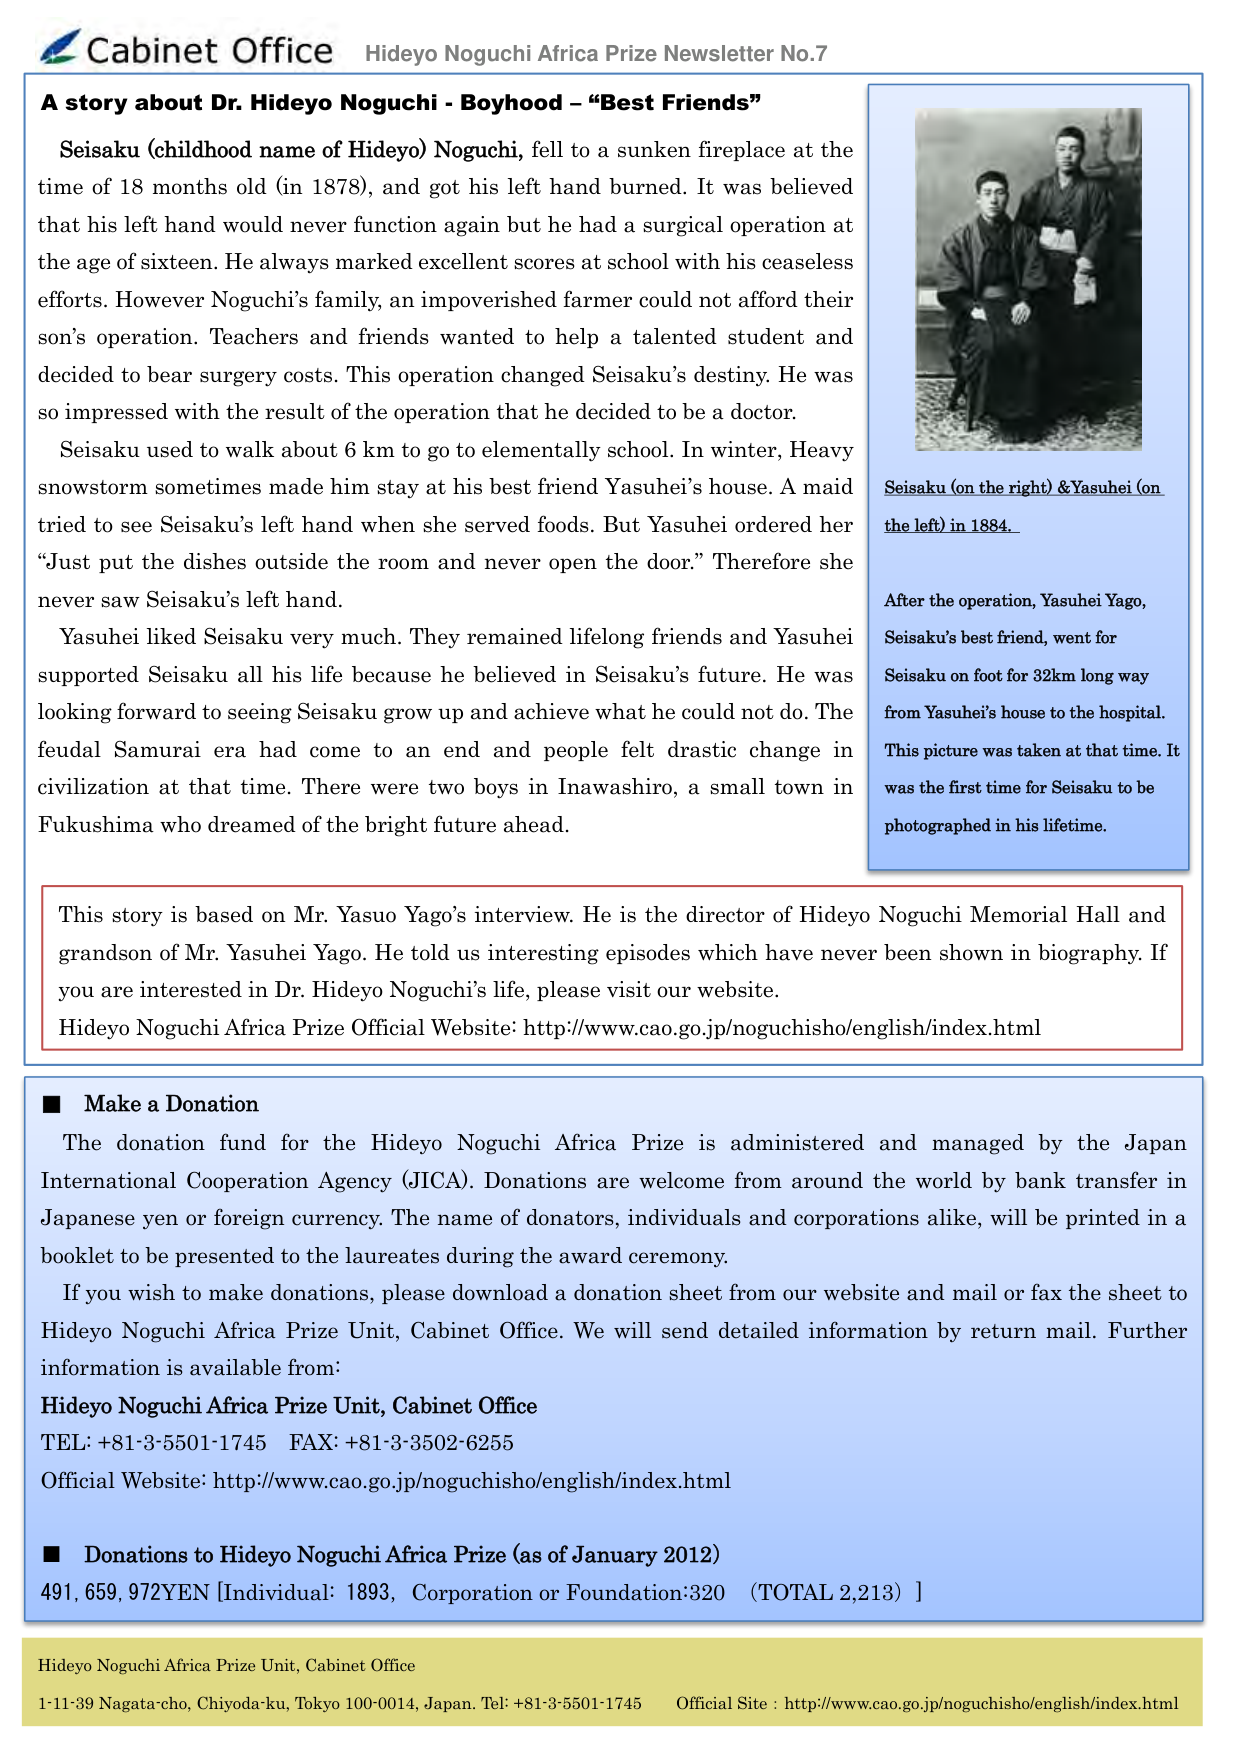
Cabinet Office Hideyo Noguchi Africa Prize Newsletter No.7

A story about Dr. Hideyo Noguchi - Boyhood – “Best Friends”

Seisaku (childhood name of Hideyo) Noguchi, fell to a sunken fireplace at the time of 18 months old (in 1878), and got his left hand burned. It was believed that his left hand would never function again but he had a surgical operation at the age of sixteen. He always marked excellent scores at school with his ceaseless efforts. However Noguchi’s family, an impoverished farmer could not afford their son’s operation. Teachers and friends wanted to help a talented student and decided to bear surgery costs. This operation changed Seisaku’s destiny. He was so impressed with the result of the operation that he decided to be a doctor.

Seisaku used to walk about 6 km to go to elementary school. In winter, Heavy snowstorm sometimes made him stay at his best friend Yasuhei’s house. A maid tried to see Seisaku’s left hand when she served foods. But Yasuhei ordered her “Just put the dishes outside the room and never open the door.” Therefore she never saw Seisaku’s left hand.

Yasuhei liked Seisaku very much. They remained lifelong friends and Yasuhei supported Seisaku all his life because he believed in Seisaku’s future. He was looking forward to seeing Seisaku grow up and achieve what he could not do. The feudal Samurai era had come to an end and people felt drastic change in civilization at that time. There were two boys in Inawashiro, a small town in Fukushima who dreamed of the bright future ahead.

Seisaku (on the right) & Yasuhei (on the left) in 1884.

After the operation, Yasuhei Yago, Seisaku’s best friend, went for Seisaku on foot for 32km long way from Yasuhei’s house to the hospital. This picture was taken at that time. It was the first time for Seisaku to be photographed in his lifetime.

This story is based on Mr. Yasuo Yago’s interview. He is the director of Hideyo Noguchi Memorial Hall and grandson of Mr. Yasuhei Yago. He told us interesting episodes which have never been shown in biography. If you are interested in Dr. Hideyo Noguchi’s life, please visit our website.
Hideyo Noguchi Africa Prize Official Website: http://www.cao.go.jp/noguchisho/english/index.html

■ Make a Donation
The donation fund for the Hideyo Noguchi Africa Prize is administered and managed by the Japan International Cooperation Agency (JICA). Donations are welcome from around the world by bank transfer in Japanese yen or foreign currency. The name of donators, individuals and corporations alike, will be printed in a booklet to be presented to the laureates during the award ceremony.

If you wish to make donations, please download a donation sheet from our website and mail or fax the sheet to Hideyo Noguchi Africa Prize Unit, Cabinet Office. We will send detailed information by return mail. Further information is available from:
Hideyo Noguchi Africa Prize Unit, Cabinet Office
TEL: +81-3-5501-1745 FAX: +81-3-3502-6255
Official Website: http://www.cao.go.jp/noguchisho/english/index.html

■ Donations to Hideyo Noguchi Africa Prize (as of January 2012)
491,659,972YEN [Individual: 1893, Corporation or Foundation:320 (TOTAL 2,213) ]

Hideyo Noguchi Africa Prize Unit, Cabinet Office
1-11-39 Nagata-cho, Chiyoda-ku, Tokyo 100-0014, Japan. Tel: +81-3-5501-1745 Official Site : http://www.cao.go.jp/noguchisho/english/index.html